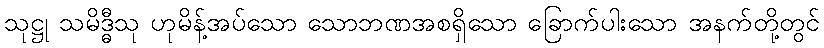
သုဋ္ဌု သမိဒ္ဓီသု ဟုမိန့်အပ်သော သောဘဏအစရှိသော ခြောက်ပါးသော အနက်တို့တွင်